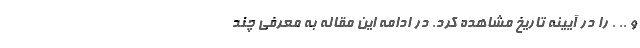
و .. . را در آيينه تاريخ مشاهده کرد. در ادامه این مقاله به معرفی چند